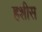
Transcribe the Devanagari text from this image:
हशीस